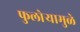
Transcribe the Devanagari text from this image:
फुलोऱ्यामुळे